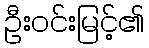
ဦးဝင်းမြင့်၏